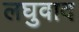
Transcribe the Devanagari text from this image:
लघुवाद